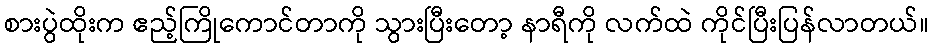
စားပွဲထိုးက ဧည့်ကြိုကောင်တာကို သွားပြီးတော့ နာရီကို လက်ထဲ ကိုင်ပြီးပြန်လာတယ်။